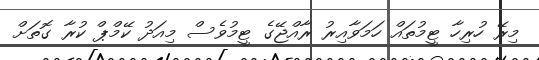
މިރޭ ހުރިހާ ޓީމުތައް ހަމަވާއިރު ރާއްޖޭގެ ޓީމުވެސް މިއަދު ކޭމްޕް ކުރާ ގޮތަށް